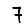
Digit: 7